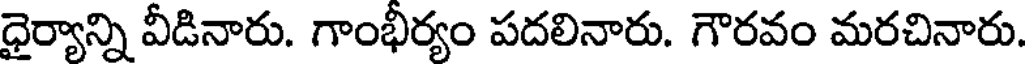
ధైర్యాన్ని వీడినారు. గాంభీర్యం పదలినారు. గౌరవం మరచినారు.